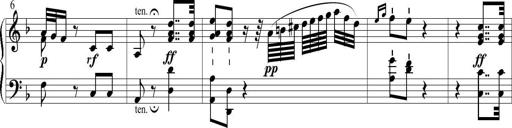
Title: 6 Leichte Sonatinen, Teil 1
Composer: F. Sigismund Sander